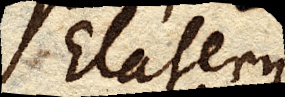
Elaterii